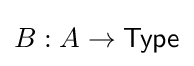
B:A\to {\mathsf {Type}}